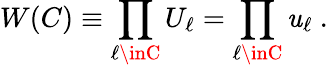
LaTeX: W(C)\equiv\prod_{\ell\inC}U_{\ell}=\prod_{\ell\inC}\mathit{u}_{\ell}~.